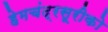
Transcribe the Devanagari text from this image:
हेमचंद्रसूरीको